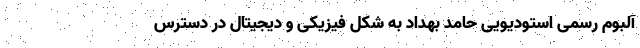
آلبوم رسمیِ استودیویی حامد بهداد به شکل فیزیکی و دیجیتال در دسترس